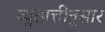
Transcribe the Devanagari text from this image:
व्युत्पत्तीनुसार